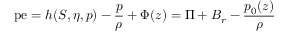
\mathrm { p e } = h ( S , \eta , p ) - \frac { p } { \rho } + \Phi ( z ) = \Pi + { \cal B } _ { r } - \frac { p _ { 0 } ( z ) } { \rho }